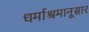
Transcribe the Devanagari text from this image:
धर्माश्रमानूसार